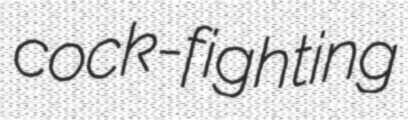
cock-fighting